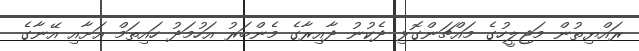
ރައްޔިތުން މަޖިލީހުގެ މައްޗަންގޮޅި ދެކުނު ދާއިރާގެ މެންބަރު އަހުމަދު ހައިތަމް އަށާއި އޭނާގެ